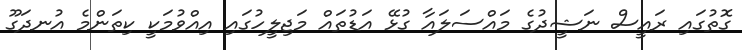
ގޮތުގައި ރައީސް ނަޝީދުގެ މައްސަލައާ ގުޅޭ އަޑުތައް މަޖިލީހުގައި އިއްވުމަކީ ކިތަންމެ އުނދަގޫ